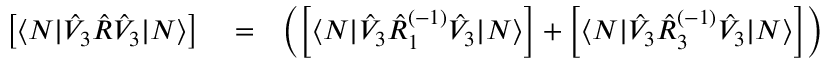
\begin{array} { r l r } { \left[ \langle N | \hat { V } _ { 3 } \hat { R } \hat { V } _ { 3 } | N \rangle \right] } & { { } = } & { \left( \left[ \langle N | \hat { V } _ { 3 } \hat { R } _ { 1 } ^ { ( - 1 ) } \hat { V } _ { 3 } | N \rangle \right] + \left[ \langle N | \hat { V } _ { 3 } \hat { R } _ { 3 } ^ { ( - 1 ) } \hat { V } _ { 3 } | N \rangle \right] \right) } \end{array}